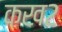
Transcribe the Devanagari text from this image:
कख२